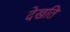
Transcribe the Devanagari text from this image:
देखति